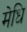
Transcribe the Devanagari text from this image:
मेधि